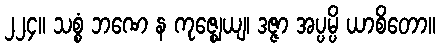
၂၂၄။ သစ္စံ ဘဏေ န ကုဇ္ဈေယျ၊ ဒဇ္ဇာ အပ္ပမ္ပိ ယာစိတော။